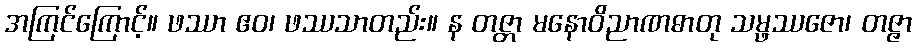
အကြင်ကြောင့်။ ဖဿာ ဧဝ၊ ဖဿသာတည်း။ န တဇ္တာ မနောဝိညာဏဓာတု သမ္ဖဿဇော၊ တဇ္ဇာ